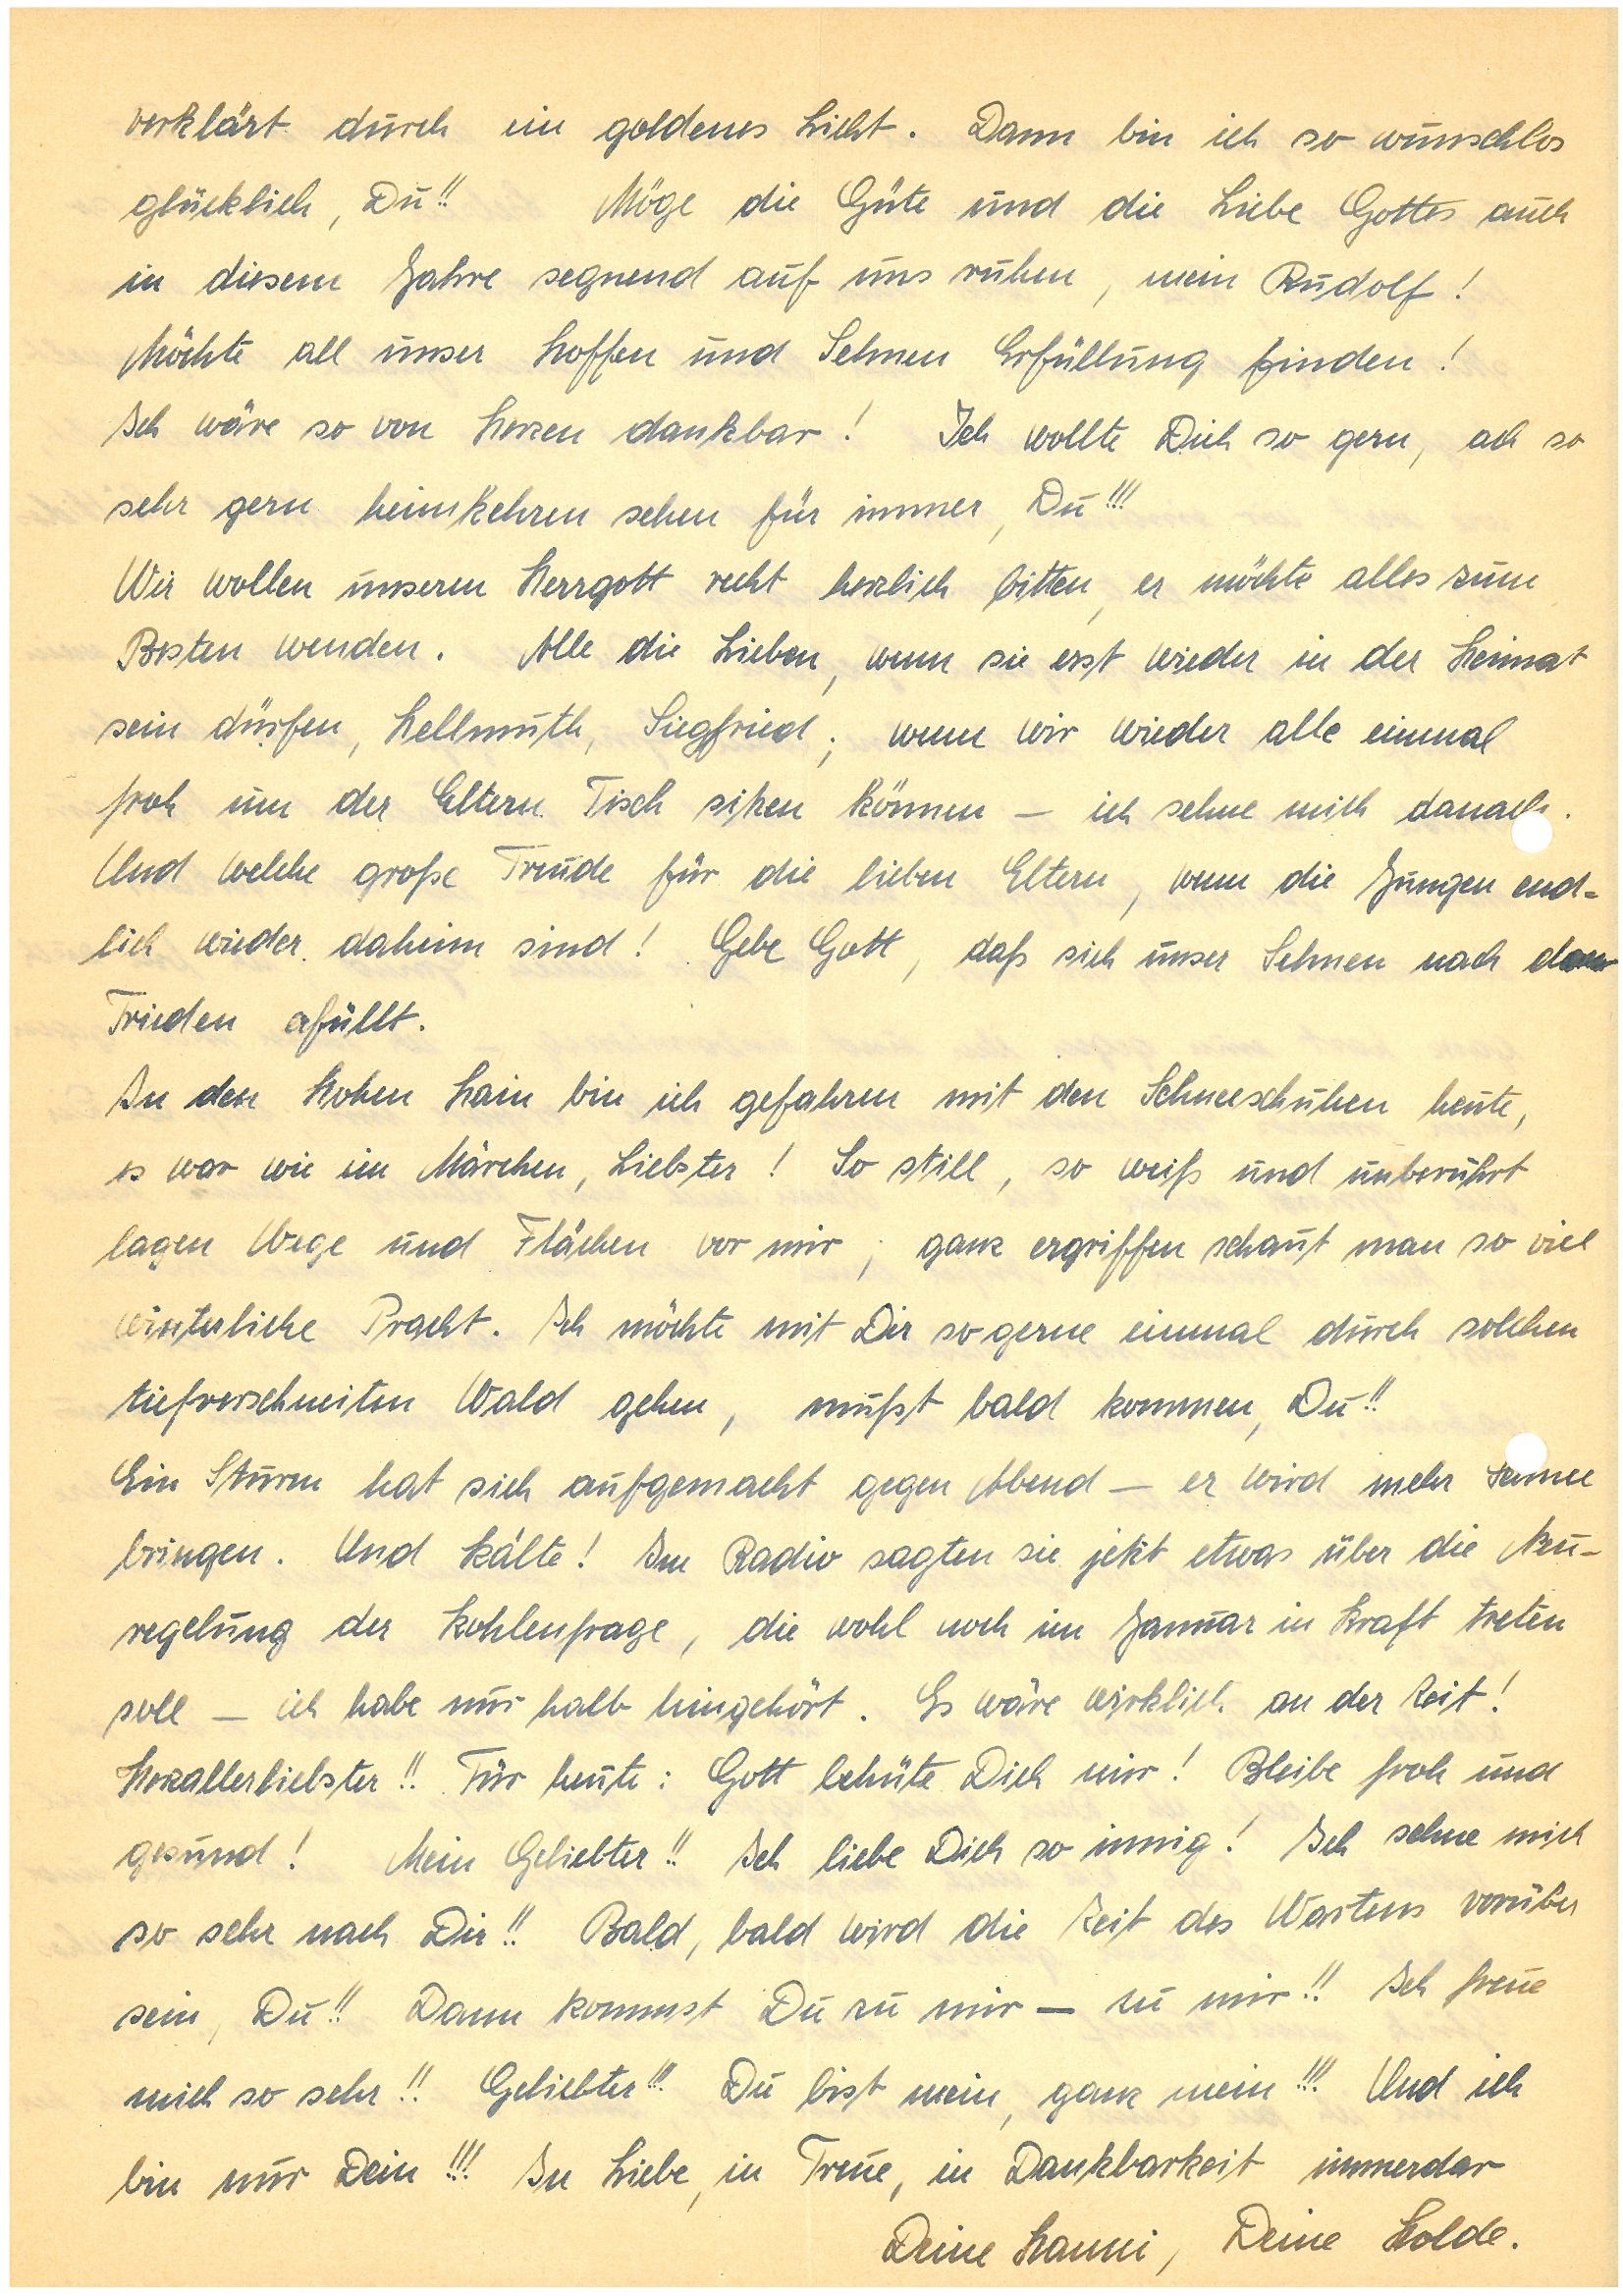
verklärt durch ein goldenes Licht. Dann bin ich so wunschlos
glücklich, Du!! Möge die Güte und die Liebe Gottes auch
in diesem Jahre segnend auf uns ruhen, mein !
Möchte all unser Hoffen und Sehnen Erfüllung finden!
Ich wäre so von Herzen dankbar! Ich wollte Dich so gern, ach so
sehr gern heimkehren sehen für immer, Du!!!
Wir wollen unseren Herrgott recht herzlich bitten, er möchte alles zum
Besten wenden. Alle die Lieben, wenn sie erst wieder in der Heimat
sein dürfen, H., S.; wenn wir wieder alle einmal
froh um der Eltern Tisch sitzen können — ich sehne mich danac.
Und welche große Freude für die lieben Eltern, wenn die Jungen end¬
lich wieder daheim sind! Gebe Gott, daß sich unser Sehnen nach dem
Frieden erfüllt.
In den H. bin ich gefahren mit den Schneeschuhen heute,
es war wie im Märchen, Liebster! So still, so weiß und unberührt
lagen Wege und Flächen vor mir; ganz ergriffen schaut man so viel
winterliche Pracht. Ich möchte mit Dir so gerne einmal durch solchen
tiefverschneiten Wald gehen, mußt bald kommen, Du!!
Ein Sturm hat sich aufgemacht gegen Abend — er wird mehr nee
bringen. Und Kälte! Im Radio sagten sie jetzt etwas über die Neu¬
regelung der Kohlenfrage, die wohl noch im Januar in Kraft treten
soll — ich habe nur halb hingehört. Es wäre wirklich an der Zeit!
Herzallerliebster!! Für heute: Gott behüte Dich mir! Bleibe froh und
gesund! Mein Geliebter!! Ich liebe Dich so innig! Ich sehne mich
so sehr nach Dir!! Bald, bald wird die Zeit des Wartens vorüber
sein, Du!! Dann kommst Du zu mir — zu mir!! Ich freue
mich so sehr!! Geliebter!!! Du bist mein, ganz mein!!! Und ich
bin nur Dein!!! In Liebe, in Treue, in Dankbarkeit immerdar
Deine , Deine Holde.